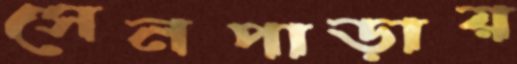
সেনপাড়ায়